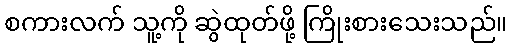
စကားလက် သူ့ကို ဆွဲထုတ်ဖို့ ကြိုးစားသေးသည်။